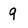
Character: 9